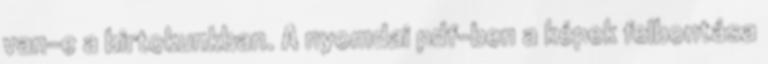
van-e a birtokunkban. A nyomdai pdf-ben a képek felbontása